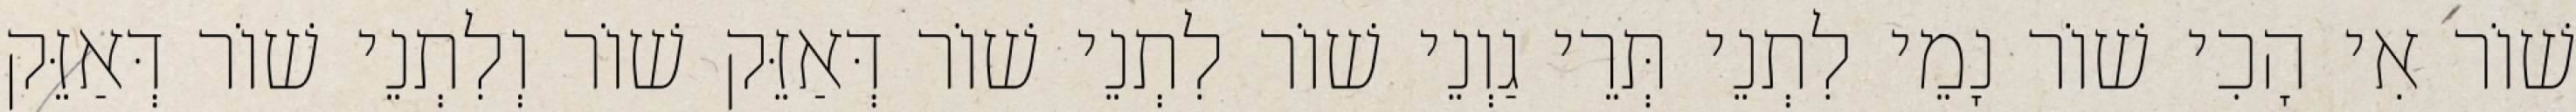
שׁוֹר אִי הָכִי שׁוֹר נָמֵי לִתְנֵי תְּרֵי גַוְנֵי שׁוֹר לִתְנֵי שׁוֹר דְּאַזֵּק שׁוֹר וְלִתְנֵי שׁוֹר דְּאַזֵּק